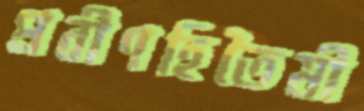
প্রবীণহিতৈষী